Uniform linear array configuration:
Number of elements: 12
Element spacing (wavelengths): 1
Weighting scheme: hann
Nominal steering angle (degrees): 0
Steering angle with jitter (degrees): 0.9646
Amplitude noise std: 0.05
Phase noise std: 0.05

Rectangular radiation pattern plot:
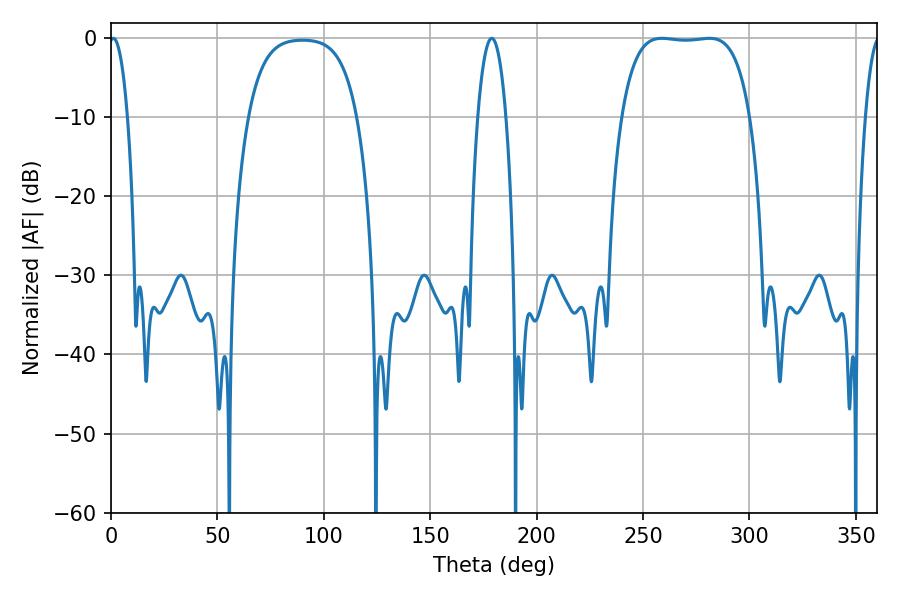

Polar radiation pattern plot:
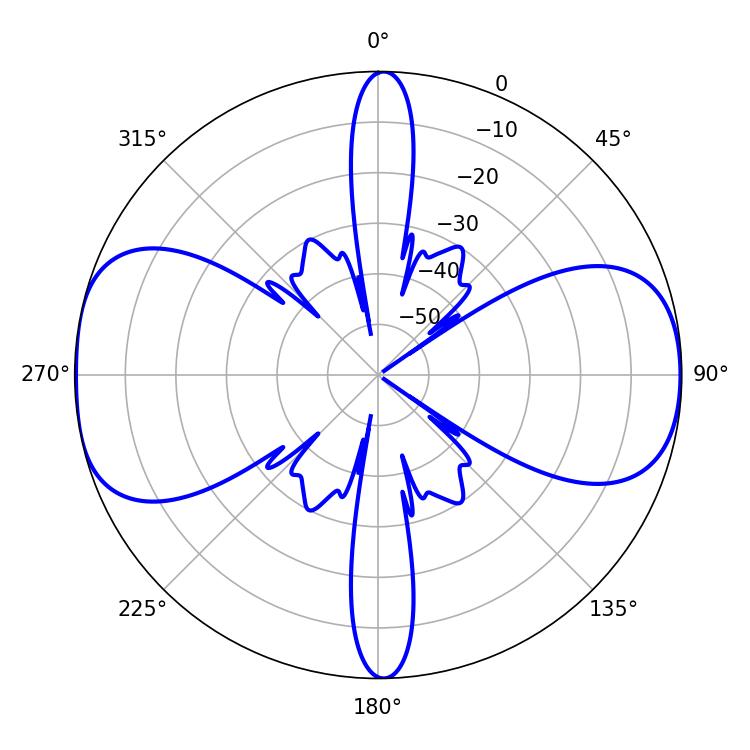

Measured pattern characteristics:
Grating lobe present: TRUE
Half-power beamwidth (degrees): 47.52
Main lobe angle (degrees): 258.84